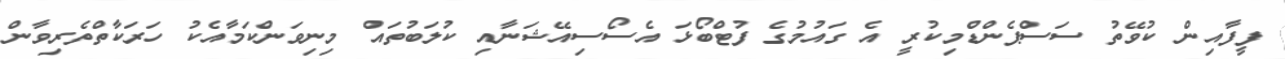
ފީފާއިން ކުވޭތު ސަސްޕެންޑްމިކުރީ އެ ގައުމުގެ ފުޓްބޯޅަ އެސޯސިއޭޝަނާއި ކުލަބުތައް މިނިވަންކަމާއެކު ހަރަކާތްތެރިވާން